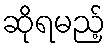
ဆိုရမည့်